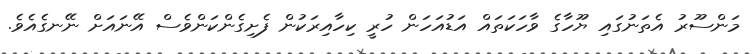
މަންސޫރު އެތަނުގައި ޔޫހާގެ ވާހަކަތައް އަޑުއަހަން ހުރީ ކިހާއިރަކުން ފެށިގެންކަންވެސް އޭނައަށް ނޭނގެއެވެ.